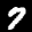
Label: 7